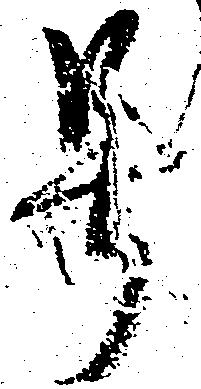
号